Insane asylums Bombay 1873-77 - 1873-1877
Year: 1873
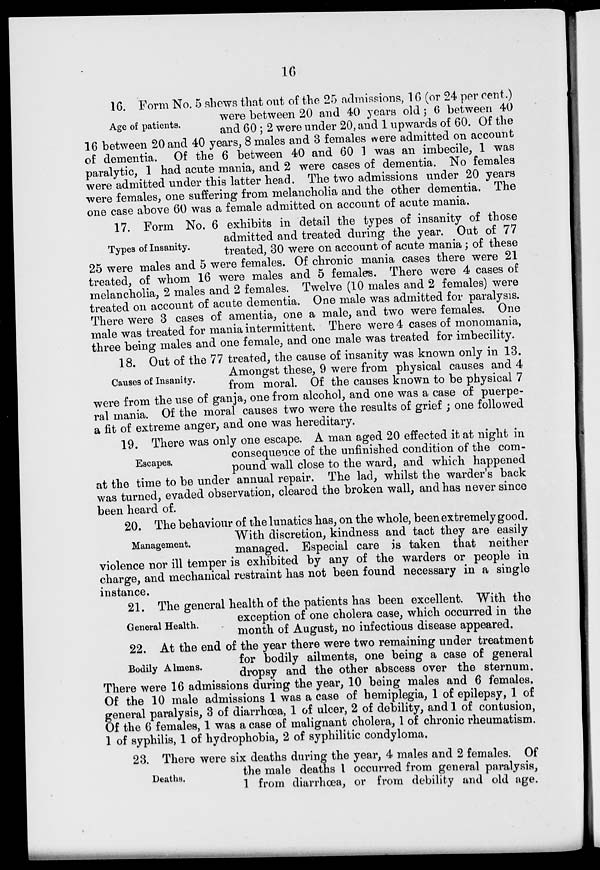
16
Age of patients.
16. Form No. 5 shews that out of the 25 admissions, 16 (or 24 per cent.)
were between 20 and 40 years old ; 6 between 40
and 60 ; 2 were under 20, and 1 upwards of 60. Of the
16 between 20 and 40 years, 8 males and 3 females were admitted on account
of dementia. Of the 6 between 40 and 60 1 was an imbecile, 1 was
paralytic, 1 had acute mania, and 2 were cases of dementia. No females
were admitted under this latter head. The two admissions under 20 years
were females, one suffering from melancholia and the other dementia. The
one case above 60 was a female admitted on account of acute mania.
Types of Insanity.
17. Form No. 6 exhibits in detail the types of insanity of those
admitted and treated during the year. Out of 77
treated, 30 were on account of acute mania; of these
25 were males and 5 were females. Of chronic mania cases there were 21
treated, of whom 16 were males and 5 females. There were 4 cases of
melancholia, 2 males and 2 females. Twelve (10 males and 2 females) were
treated on account of acute dementia. One male was admitted for paralysis.
There were 3 cases of amentia, one a male, and two were females. One
male was treated for mania intermittent. There were 4 cases of monomania,
three being males and one female, and one male was treated for imbecility.
Causes of Insanity.
18. Out of the 77 treated, the cause of insanity was known only in 13.
Amongst these, 9 were from physical causes and 4
from moral. Of the causes known to be physical 7
were from the use of ganja, one from alcohol, and one was a case of puerpe-
ral mania. Of the moral causes two were the results of grief ; one followed
a fit of extreme anger, and one was hereditary.
Escapes.
19. There was only one escape. A man aged 20 effected it at night in
consequence of the unfinished condition of the com-
pound wall close to the ward, and which happened
at the time to be under annual repair. The lad, whilst the warder's back
was turned, evaded observation, cleared the broken wall, and has never since
been heard of.
Management.
20. The behaviour of the lunatics has, on the whole, been extremely good.
With discretion, kindness and tact they are easily
managed. Especial care is taken that neither
violence nor ill temper is exhibited by any of the warders or people in
charge, and mechanical restraint has not been found necessary in a single
instance.
General Health.
21. The general health of the patients has been excellent. With the
exception of one cholera case, which occurred in the
month of August, no infectious disease appeared.
Bodily Almens.
22. At the end of the year there were two remaining under treatment
for bodily ailments, one being a case of general
dropsy and the other abscess over the sternum.
There were 16 admissions during the year, 10 being males and 6 females.
Of the 10 male admissions 1 was a case of hemiplegia, 1 of epilepsy, 1 of
general paralysis, 3 of diarrhœa, 1 of ulcer, 2 of debility, and 1 of contusion,
Of the 6 females, 1 was a case of malignant cholera, 1 of chronic rheumatism.
1 of syphilis, 1 of hydrophobia, 2 of syphilitic condyloma.
Deaths.
23. There were six deaths during the year, 4 males and 2 females. Of
the male deaths 1 occurred from general paralysis,
1 from diarrhœa, or from debility and old age.